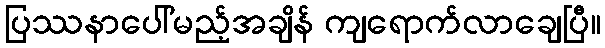
ပြဿနာပေါ်မည့်အချိန် ကျရောက်လာချေပြီ။